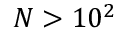
N > 1 0 ^ { 2 }